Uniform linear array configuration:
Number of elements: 16
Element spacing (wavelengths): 0.75
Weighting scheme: uniform
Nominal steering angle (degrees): -45
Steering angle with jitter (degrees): -44.144
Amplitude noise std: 0.05
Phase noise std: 0.05

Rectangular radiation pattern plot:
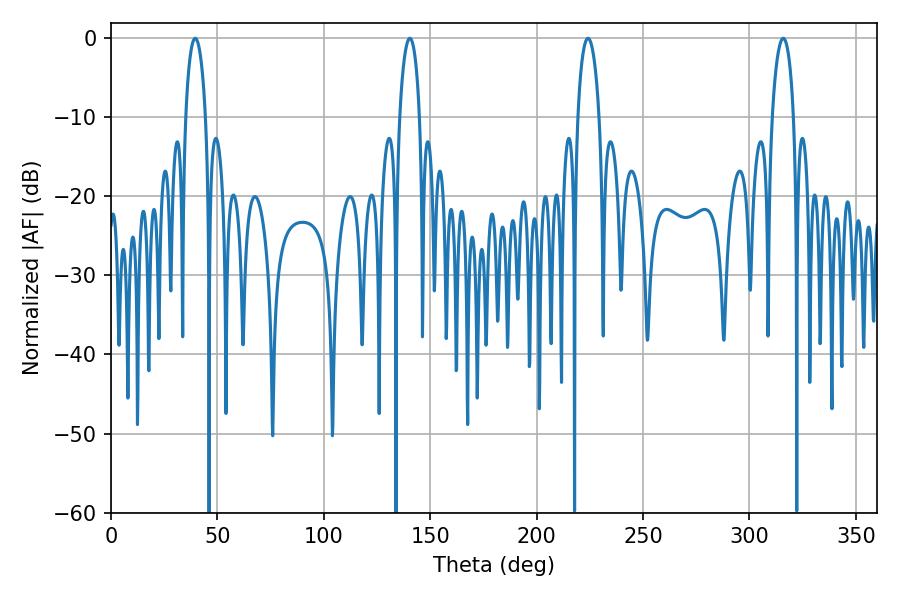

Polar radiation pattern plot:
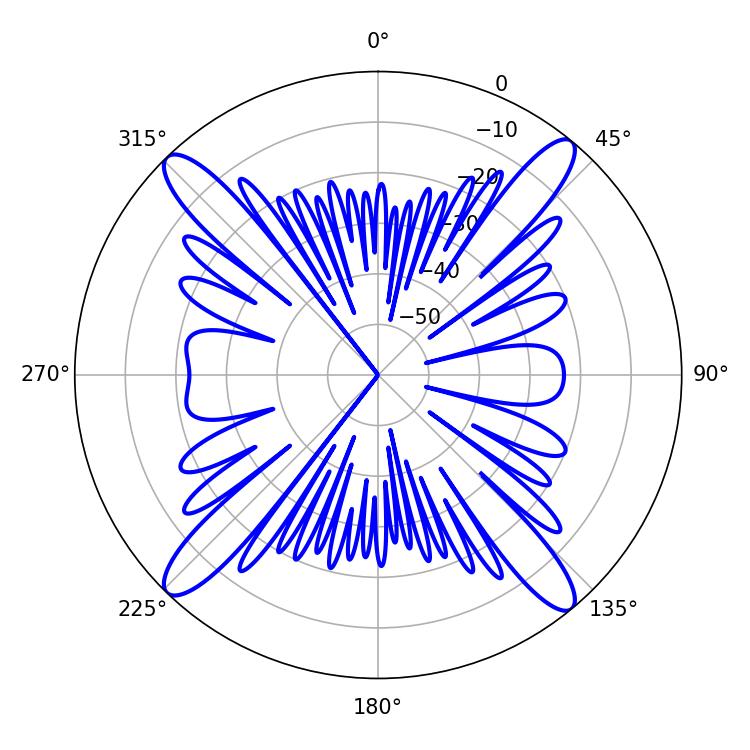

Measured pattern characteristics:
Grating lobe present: TRUE
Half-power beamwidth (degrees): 5.76
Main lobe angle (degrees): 315.9